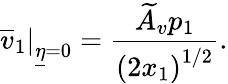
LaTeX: \left.\overline{{v}}_{1}\right\vert_{\underline{{\eta}}=0}=\frac{\widetilde A_{v}p_{1}}{\left(2x_{1}\right)^{1/2}}.